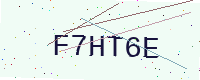
Text: F7HT6E